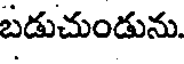
బడుచుండును.